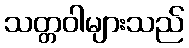
သတ္တဝါများသည်